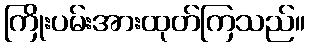
ကြိုးပမ်းအားထုတ်ကြသည်။